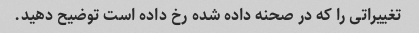
تغییراتی را که در صحنه داده شده رخ داده است توضیح دهید.